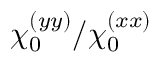
\chi _ { 0 } ^ { ( y y ) } / \chi _ { 0 } ^ { ( x x ) }